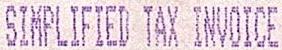
SIMPLIFIED TAX INVOICE